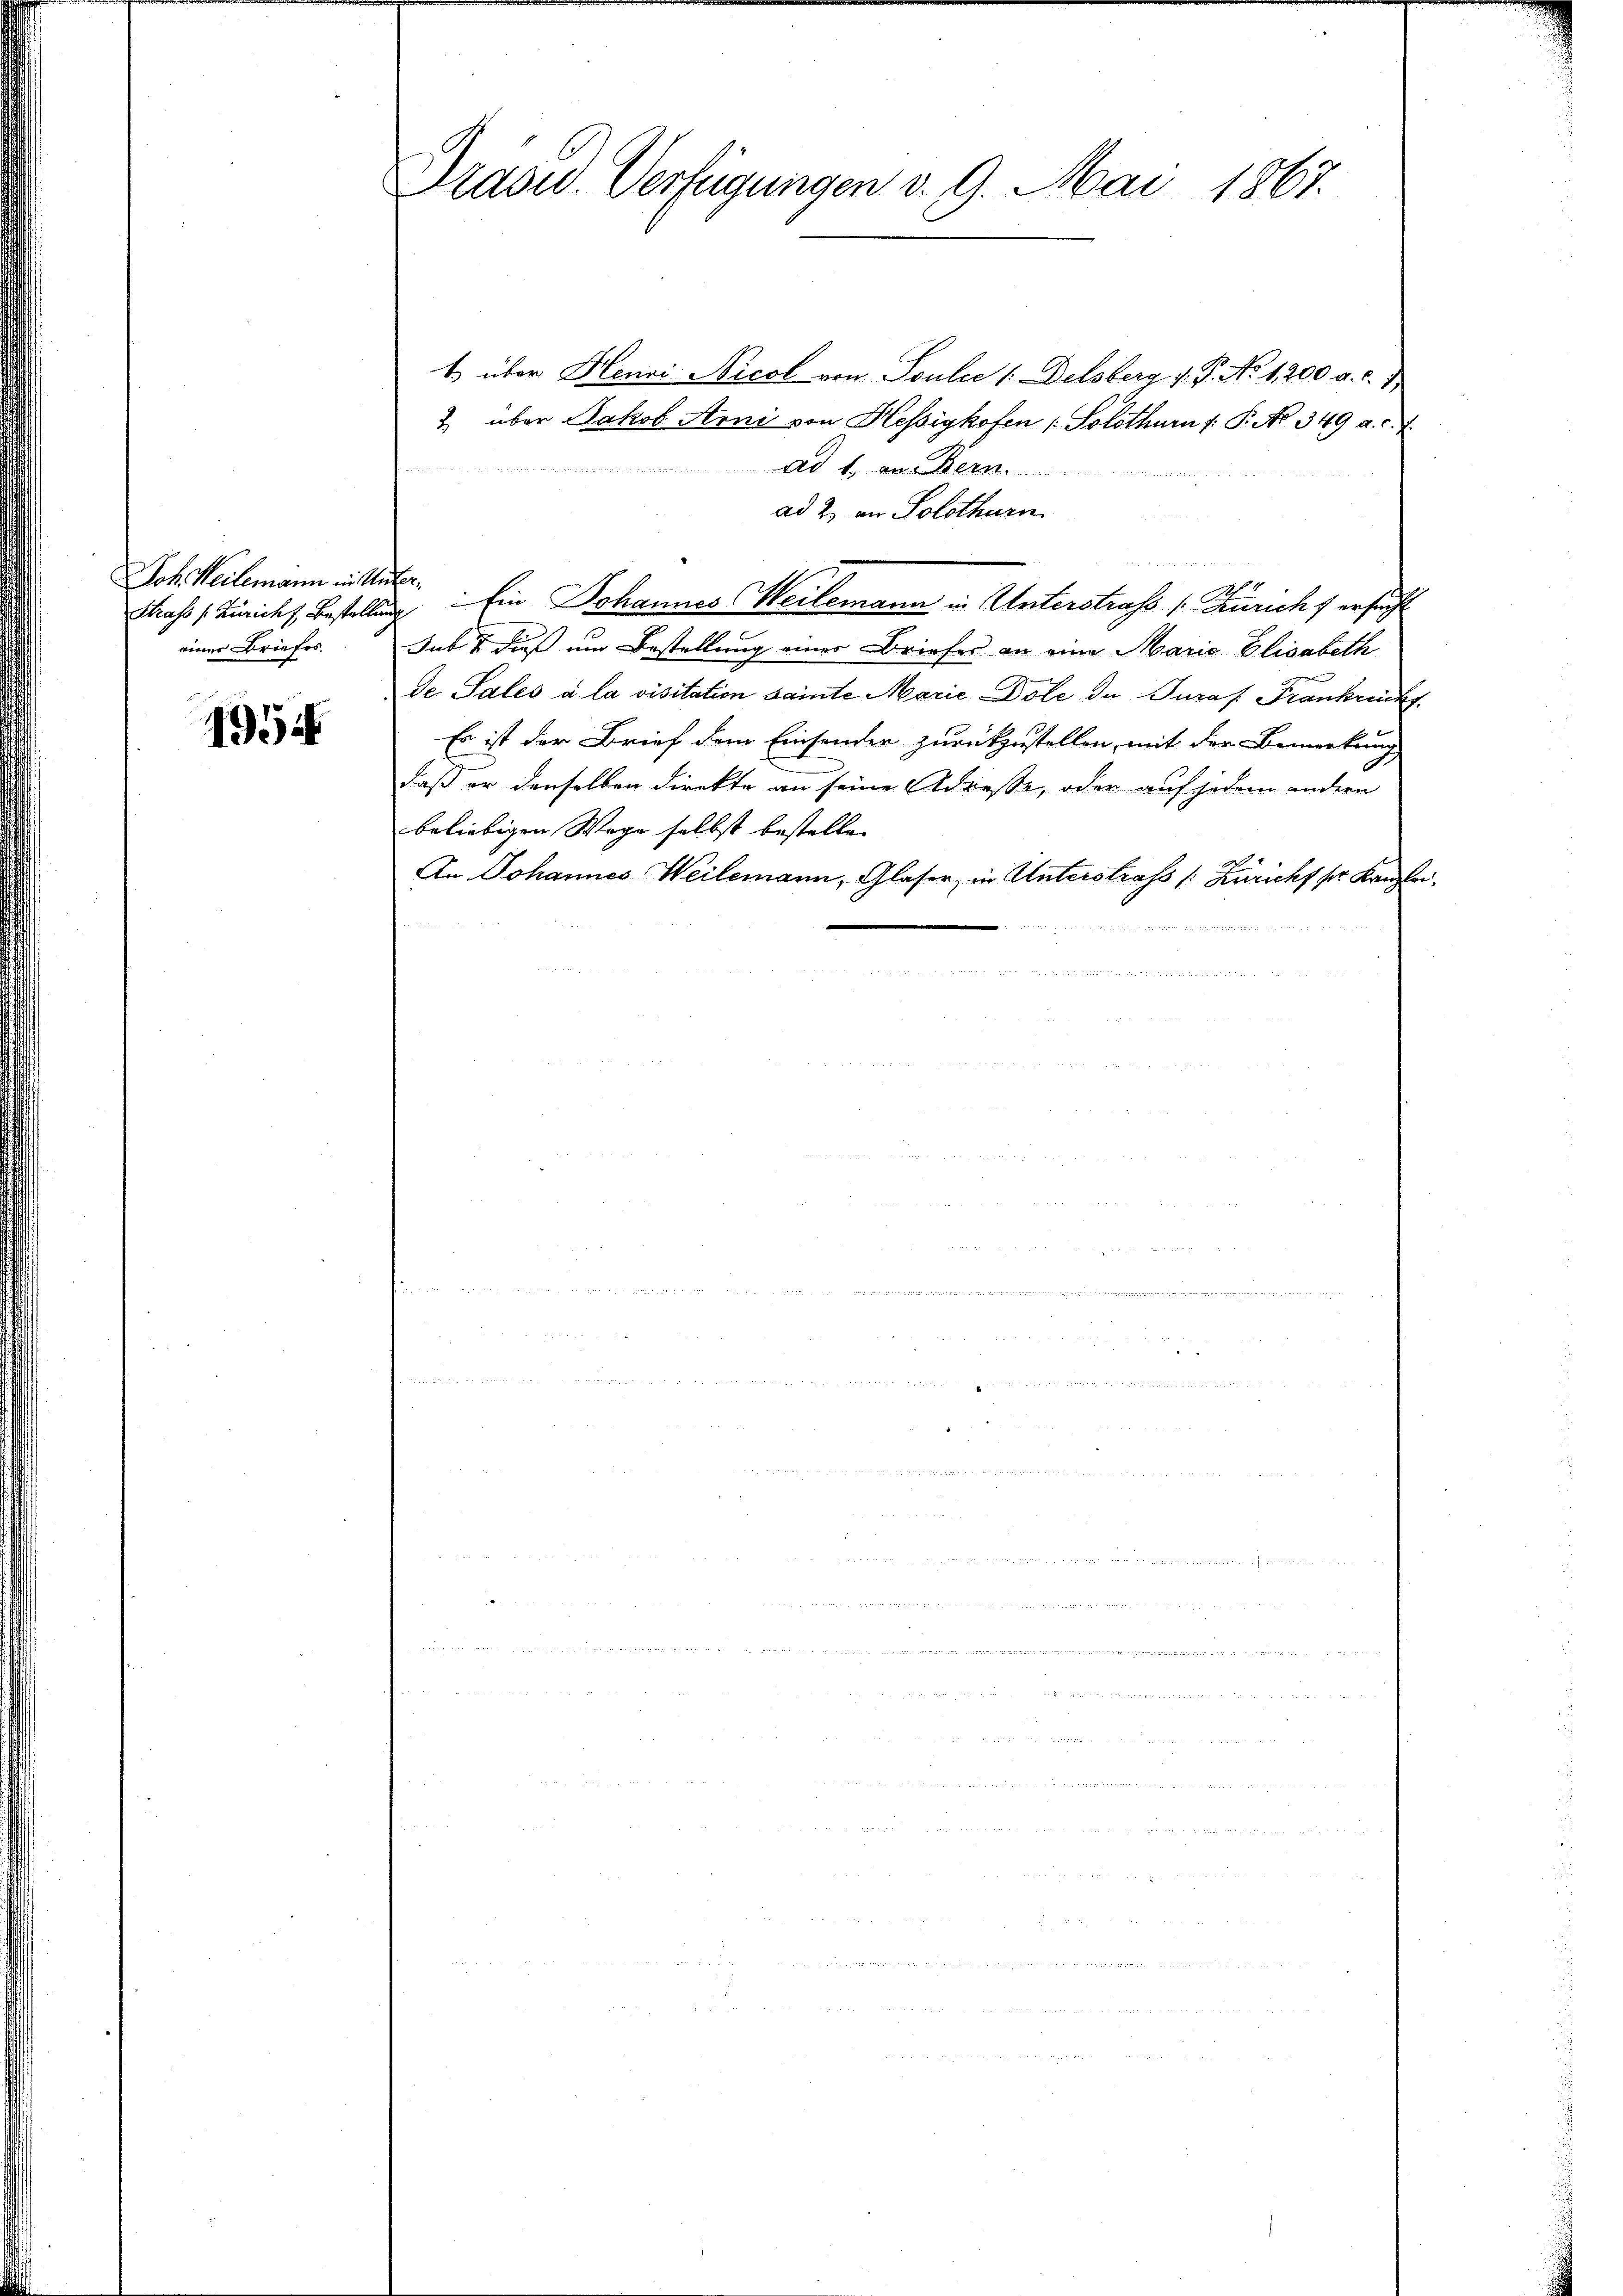
Joh. Weilemann in Untereiner Briefes.

195

Drasu. Verfügungen v. 9. Mai 1867.

t über Henri Nicol von Soulee (Delsberg v. P. No. 1200 a. c.
2 über Jakob Arni von Hessigkofen ( Solothurn /: P. No. 349 a. c. J.

Ad 1. Der Bern
ad 2. an Solothurn
1
Chass (Züricht Bestellung Ein Johannes Weilemann in Unterstrafs /: Zuricht ersucht
hab dieß um Bestellung einer Briefes an eine Marie Elisabeth
de Sales à la visitation sainte Marie Dole de Turaf Franknickf
Es ist der Brief dem Einsender zurückzustellen, mit der Bemerkung
daß er denselben direkte an seine Adresse, oder auf jedem andern
beliebigen Wage selbst bestellen
In Johannes Weilemann, Glaser, in Unterstrafs /: Züricht ser Kanzlei,